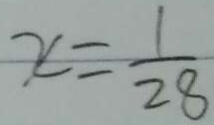
x = \frac { 1 } { 2 8 }